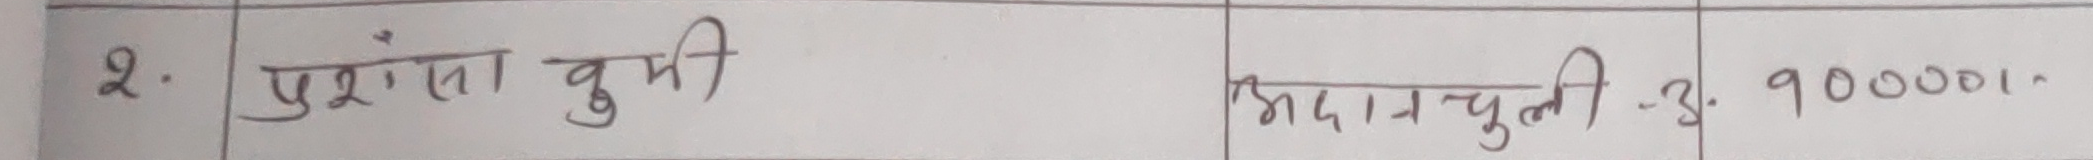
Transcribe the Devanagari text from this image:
2. प्रशंसा कुमारी अदा चुली -3. ९००००/-